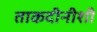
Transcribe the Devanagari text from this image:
ताकदीनीशी